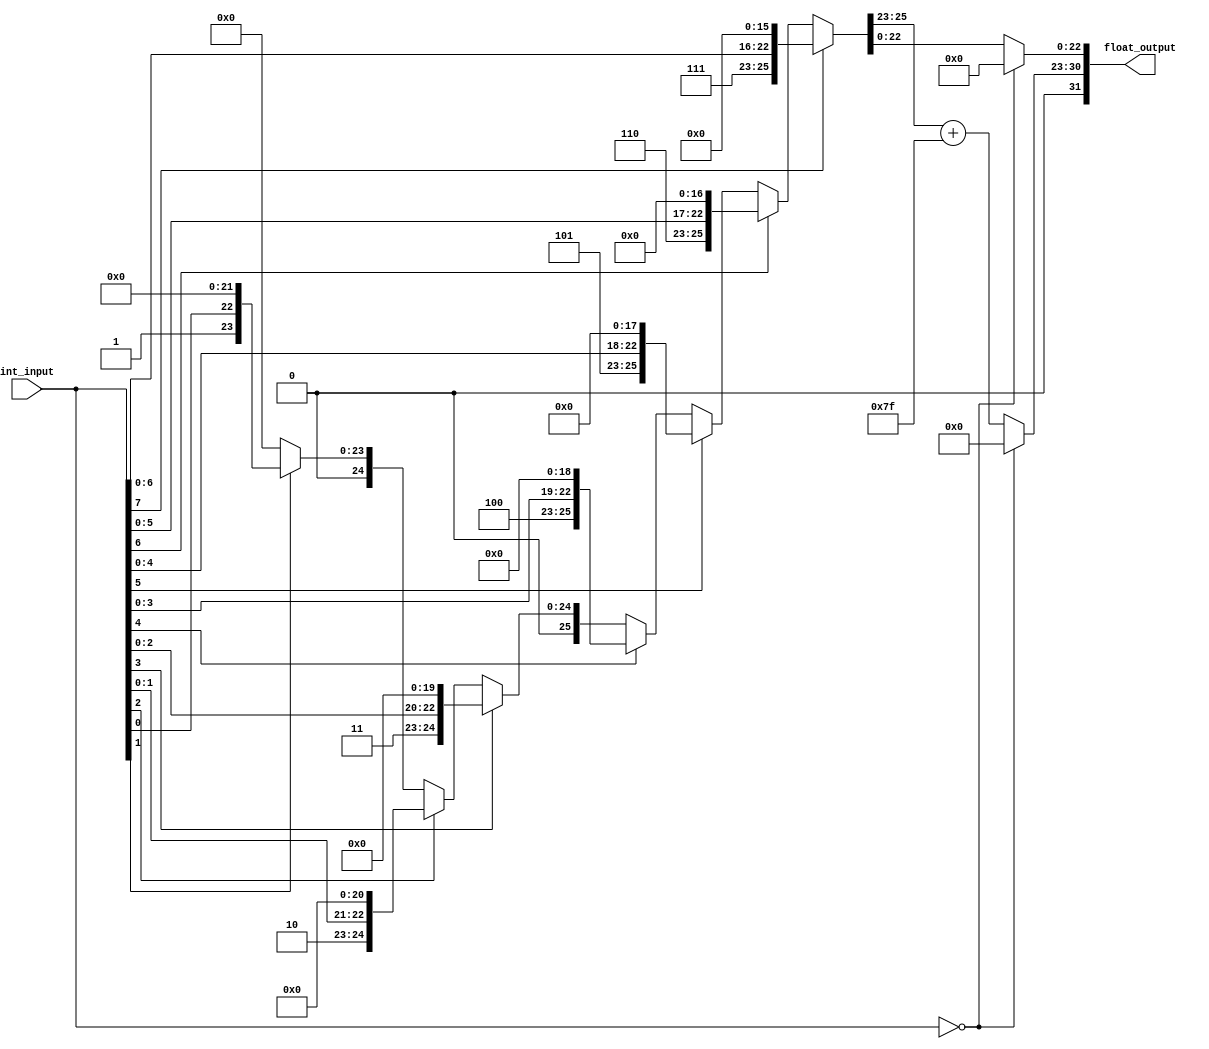
`timescale 1ns / 1ps
//////////////////////////////////////////////////////////////////////////////////
// Company: 
// Engineer: 
// 
// Design Name: 
// Module Name: int_to_float
// Project Name: 
// Target Devices: 
// Tool Versions: 
// Description: 
// 
// Dependencies: 
// 
// Revision:
// Revision 0.01 - File Created
// Additional Comments:
// 
//////////////////////////////////////////////////////////////////////////////////
module int_to_float(
        int_input,      /*8bit unsigned decimal*/
        float_output    /*single-precision iee745*/  
        );
    input wire [7:0] int_input; 
    output wire [31:0] float_output;
    assign float_output[31] = 1'b0; // sign bit (0..255)
    wire [7:0]  e; 
    wire [22:0] m;
    assign {e, m} = (int_input[7]) ? {8'd7, {int_input[6:0], 16'd0}}:
                    (int_input[6]) ? {8'd6, {int_input[5:0], 17'd0}}:
                    (int_input[5]) ? {8'd5, {int_input[4:0], 18'd0}}:
                    (int_input[4]) ? {8'd4, {int_input[3:0], 19'd0}}:
                    (int_input[3]) ? {8'd3, {int_input[2:0], 20'd0}}:
                    (int_input[2]) ? {8'd2, {int_input[1:0], 21'd0}}:
                    (int_input[1]) ? {8'd1, {int_input[0]  , 22'd0}}:
                                     {8'd0, 23'd0};
    assign float_output[22:0]  =  (int_input == 0) ? 0 : m; 
    assign float_output[30:23] = (int_input == 0) ? 0 : e + 127;  
endmodule